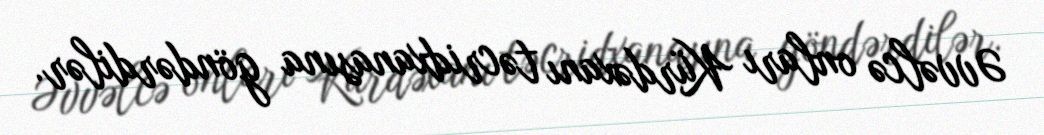
Əvvəlcə onları Kürdəxanı təcridxanasına göndərdilər.